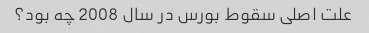
علت اصلی سقوط بورس در سال 2008 چه بود؟